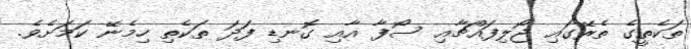
ތަކެތީގެ ތެރޭގައި ޖޯލިފައްޗާއި ސޯފާ އާއި ގޮނޑި ފަދަ ތަކެތި ހިމެނޭ ކަމަށެވެ.